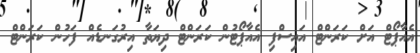
އެއާޕޯޓް އަށް ކަރަންޓް އައިސްފި އެއާޕޯޓުން ކަރަންޓް ދިޔަތާ އިރުގަނޑެއް ފަހުން ކަރަންޓް